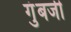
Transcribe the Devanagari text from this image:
गुंबजी